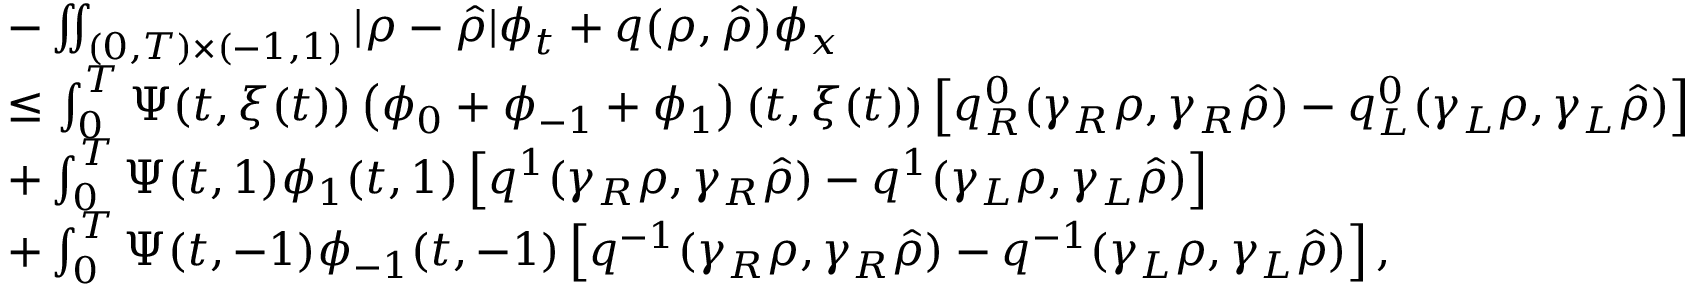
\begin{array} { r l } & { - \iint _ { ( 0 , T ) \times ( - 1 , 1 ) } | \rho - \hat { \rho } | \phi _ { t } + q ( \rho , \hat { \rho } ) \phi _ { x } } \\ & { \leq \int _ { 0 } ^ { T } \Psi ( t , \xi ( t ) ) \left( \phi _ { 0 } + \phi _ { - 1 } + \phi _ { 1 } \right) ( t , \xi ( t ) ) \left[ q _ { R } ^ { 0 } ( \gamma _ { R } \rho , \gamma _ { R } \hat { \rho } ) - q _ { L } ^ { 0 } ( \gamma _ { L } \rho , \gamma _ { L } \hat { \rho } ) \right] } \\ & { + \int _ { 0 } ^ { T } \Psi ( t , 1 ) \phi _ { 1 } ( t , 1 ) \left[ q ^ { 1 } ( \gamma _ { R } \rho , \gamma _ { R } \hat { \rho } ) - q ^ { 1 } ( \gamma _ { L } \rho , \gamma _ { L } \hat { \rho } ) \right] } \\ & { + \int _ { 0 } ^ { T } \Psi ( t , - 1 ) \phi _ { - 1 } ( t , - 1 ) \left[ q ^ { - 1 } ( \gamma _ { R } \rho , \gamma _ { R } \hat { \rho } ) - q ^ { - 1 } ( \gamma _ { L } \rho , \gamma _ { L } \hat { \rho } ) \right] , } \end{array}